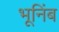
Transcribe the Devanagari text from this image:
भूनिंब